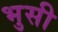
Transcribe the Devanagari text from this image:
भुसी